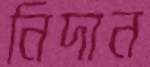
নিদান